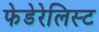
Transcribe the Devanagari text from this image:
फेडेरेलिस्ट